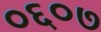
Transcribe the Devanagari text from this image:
०६०७